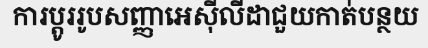
ការប្តូររូបសញ្ញាអេស៊ីលីដាជួយកាត់បន្ថយ